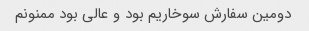
دومین سفارش سوخاریم بود و عالی بود ممنونم